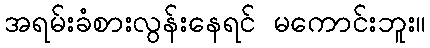
အရမ်းခံစားလွန်းနေရင် မကောင်းဘူး။